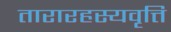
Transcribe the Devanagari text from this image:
तारारहस्यवृत्ति